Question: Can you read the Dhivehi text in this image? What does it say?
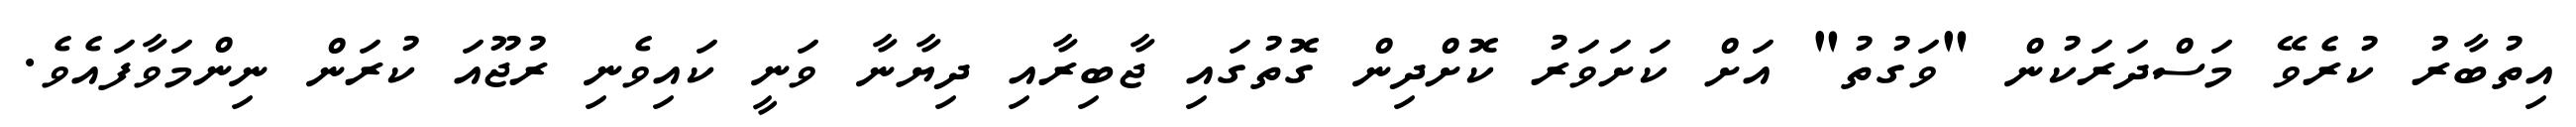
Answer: އިތުބާރު ކުރެވޭ މަސްދަރަކުން "ވަގުތު" އަށް ކަށަވަރު ކޮށްދިން ގޮތުގައި ޖާބިރާއި ދިޔާނާ ވަނީ ކައިވެނި ރުޖޫއަ ކުރަން ނިންމަވާފައެވެ.